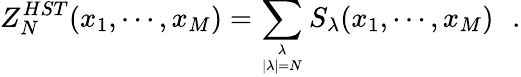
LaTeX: Z_{N}^{HST}(x_{1},\cdots,x_{M})=\sum_{{\lambda\atop|\lambda|=N}}S_{\lambda}(x_{1},\cdots,x_{M})\, \, \, \, .